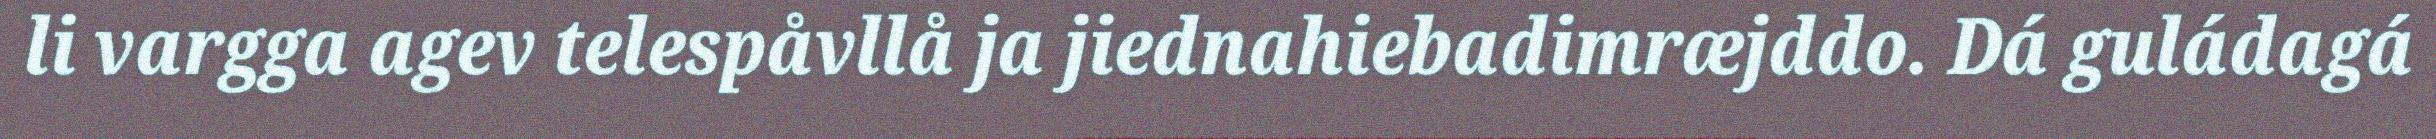
li vargga agev telespåvllå ja jiednahiebadimræjddo. Dá guládagá